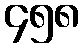
၄၅၈